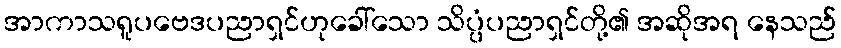
အာကာသရူပဗေဒပညာရှင်ဟုခေါ်သော သိပ္ပံပညာရှင်တို့၏ အဆိုအရ နေသည်